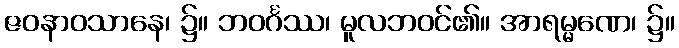
ဇဝနာဝသာနေ၊ ၌။ ဘဝင်္ဂဿ၊ မူလဘဝင်၏။ အာရမ္မဏေ၊ ၌။